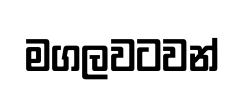
මගලවටවන්